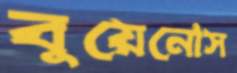
বুয়েনোস